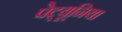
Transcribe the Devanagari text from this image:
पेट्यूनिया